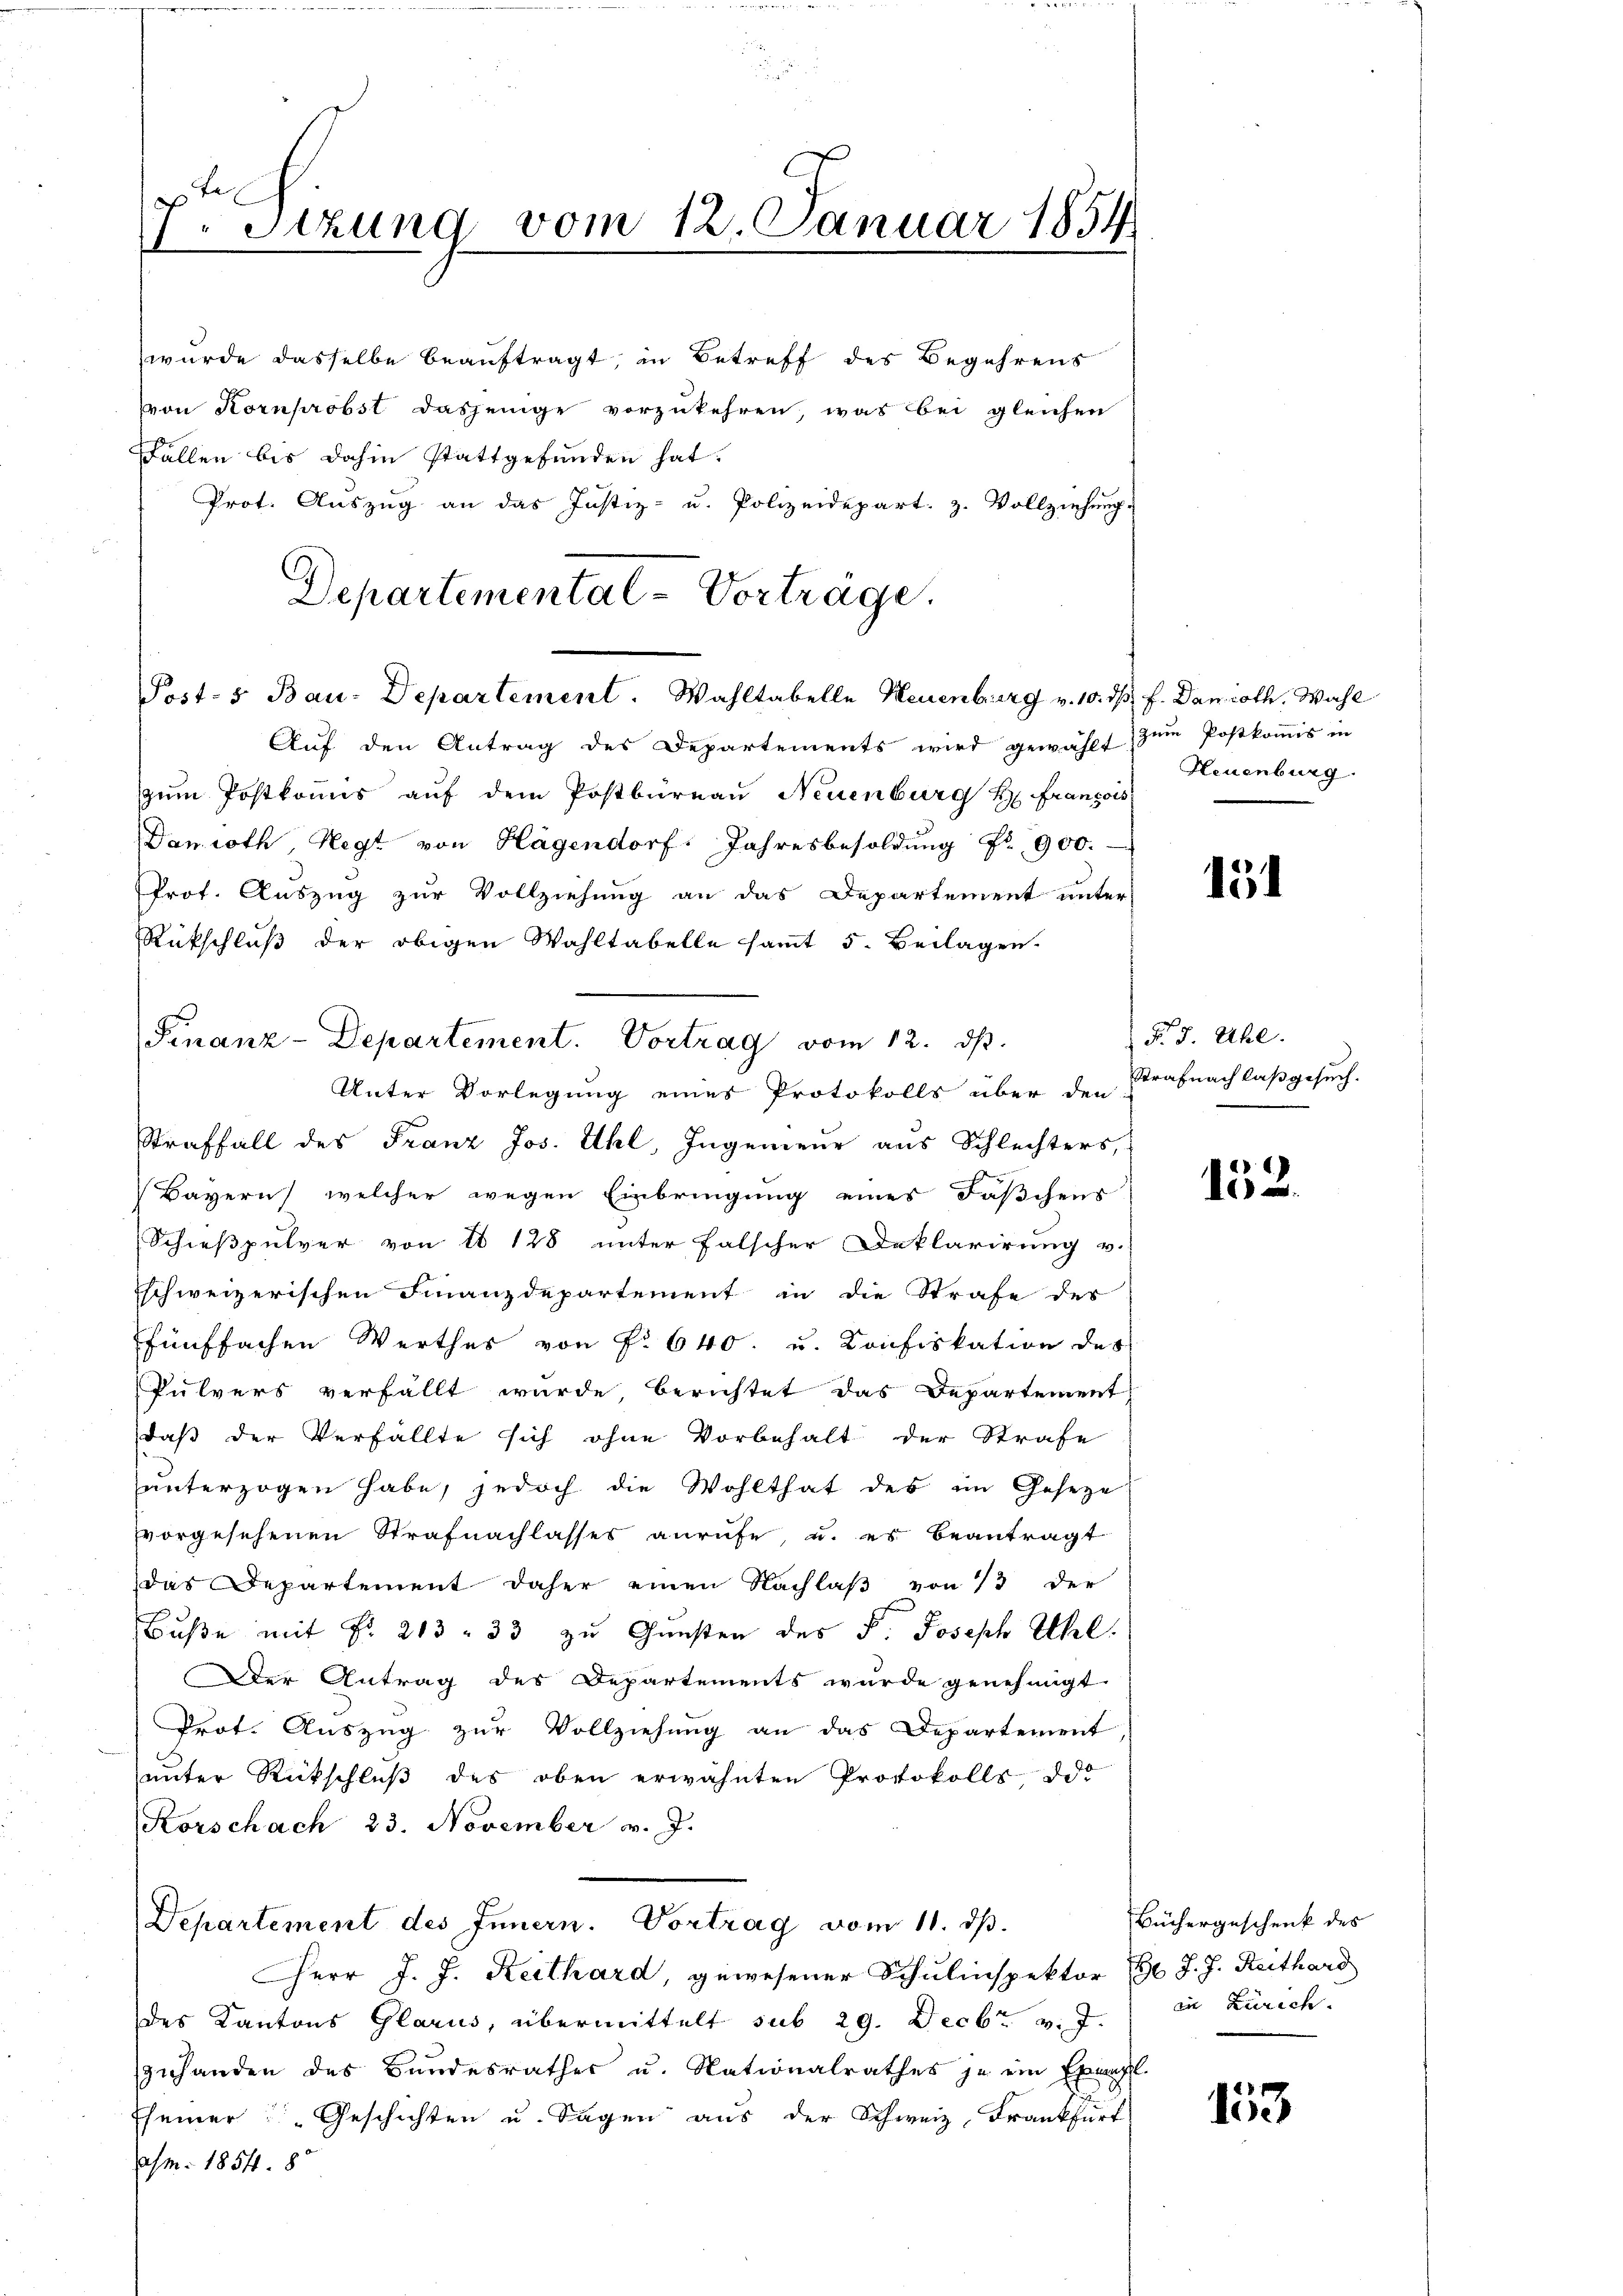
7. Sitzung vom 12. Januar 1854

wurde dasselbe beauftragt, in Betreff des Begehrens
vvon Kornprobst dasjenige vorzukehren, was bei gleichen
ffallen bis dahin stattgefunden hat.
Prot. Auszug an das Justiz- u. Polizeidepart. z. Vollziehung.
Departemental-Vorträge.

Post- & Bau-Departement. Wahltabelle Neuenburg v. 10. ds. f. Danioth. Wahl

Auf den Antrag des Departements wird gewählt, zum Postkommis in
zum Postkommis auf dem Postbureau Neuenburg H: Franzois
Danroth, Hegt von Hagendorf: Jahresbesoldung Nr. 900.
Prof. Auszug zur Vollziehung an das Departement unter
Rückschluß der obigen Wahltabelle sammt 5. Beilagen.
Bayern, welcher wegen Einbringung eines Täßchens
Schießpulver von 16 128 unter falscher Deklarirung v.
schweizerischen Finanzdepartement in die Strafe des
fünffachen Werthes von P. 640 u. Konfiskation des
Pulvers verfällt wurde, berichtet das Departement
daß der Verfällte sich ohne Vorbehalt der Strafe
unterzogen habe, jedoch die Wohlthat des im Geseze
vvorgesehenen Strafnachlasses anrufe, u. es beantragt
das Departement daher einen Nachlaβ von 13 der
Buße mit Fr. 213 33 zu Gunsten des F. Joseph Uhl.
Der Antrag des Departements wurde genehmigt
Prot. Auszug zur Vollziehung an das Departement
unter Rückschluß des oben erwähnten Protokolls, das
Korschach 23. November v. J.
Departement des Innern. Vortrag vom 11. dβ.
Herr J. J. Reithard, gewesener Schulinspektor G. J. J. Reithard
des Kantons Glarus, übermittelt sub 29. Decbr v. J. in Zürich.
zuhanden des Bundesrathes u. Nationalrathes je ein Exempl.
Eseiner Geschichten u. Tagen aus der Schweiz, Frankfurt
Am. 1854. 8

Finanz-Departement. Vortrag vom 12. ds.
Unter Vorlegung eines Protokolls über den

Straffall des Franz Jos. Uhl, Ingenieur aus Schlechters,

Neuenburg

s

151

§. 5. Uhl.
Strafnachlaß gesuch.

152.

Büchergeschenk des

153